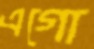
এগো